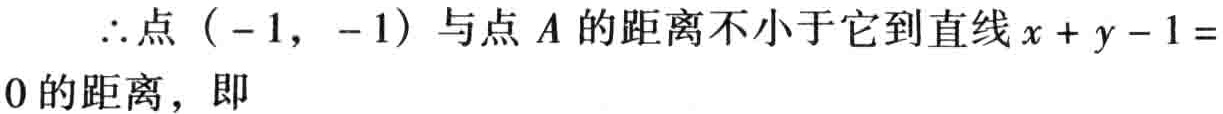
$\therefore 点\ (-1,\ -1)\ 与点\ A\ 的距离不小于它到直线\ x + y - 1 = 0\ 的距离，即$